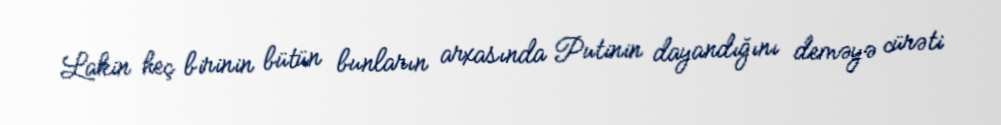
Lakin heç birinin bütün bunların arxasında Putinin dayandığını deməyə cürəti